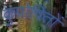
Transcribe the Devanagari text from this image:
कुपोषितों